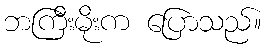
ဘကြီးမိုးက ပြောသည်။